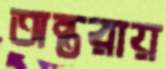
অন্তরায়